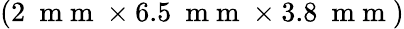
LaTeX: (2~\mathrm{~m~m~}\times 6.5~\mathrm{~m~m~}\times 3.8~\mathrm{~m~m~})